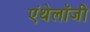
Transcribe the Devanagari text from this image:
एंथेलॉजी